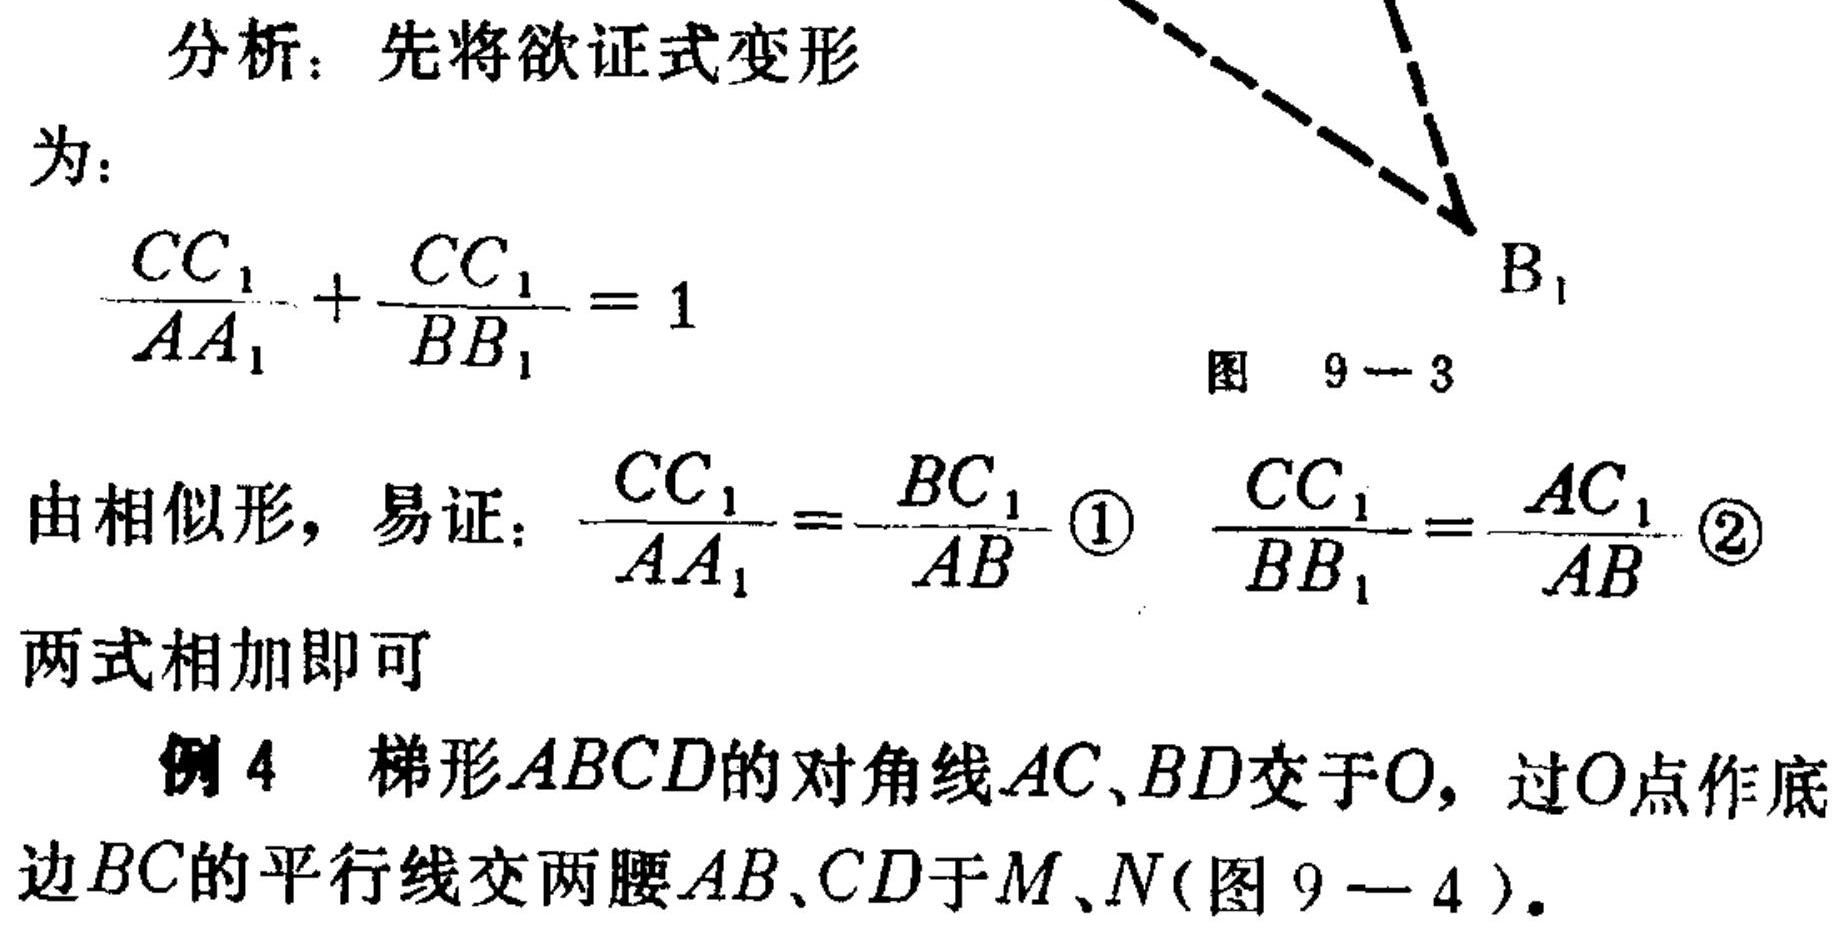
分析：先将欲证式变形
为：
\[
\frac{CC_1}{AA_1}+\frac{CC_1}{BB_1}=1
\]
图 9 - 3

由相似形，易证：\(\frac{CC_1}{AA_1}=\frac{BC_1}{AB}\) \textcircled{1} \(\frac{CC_1}{BB_1}=\frac{AC_1}{AB}\) \textcircled{2}

两式相加即可

例4 梯形\(ABCD\)的对角线\(AC\)、\(BD\)交于\(O\)，过\(O\)点作底边\(BC\)的平行线交两腰\(AB\)、\(CD\)于\(M\)、\(N\)(图9 - 4)。